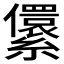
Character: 𰫶